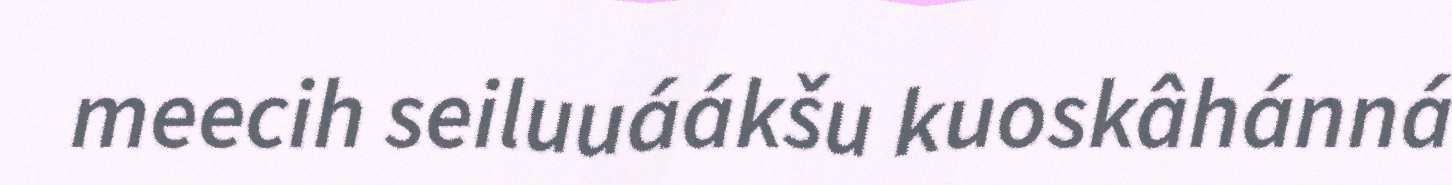
meecih seiluuáákšu kuoskâhánná